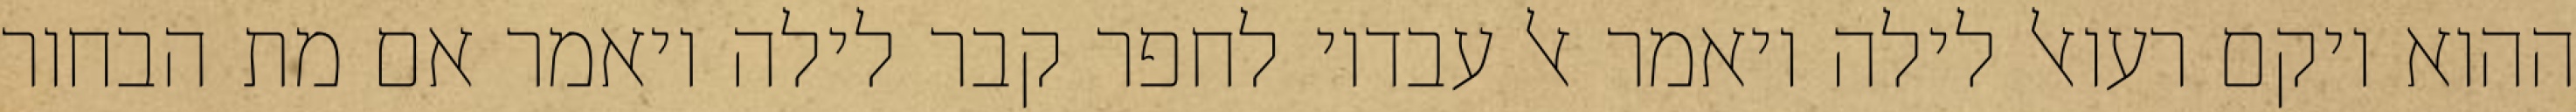
ההוא ויקם רעואל לילה ויאמר אל עבדיו לחפר קבר לילה ויאמר אם מת הבחור